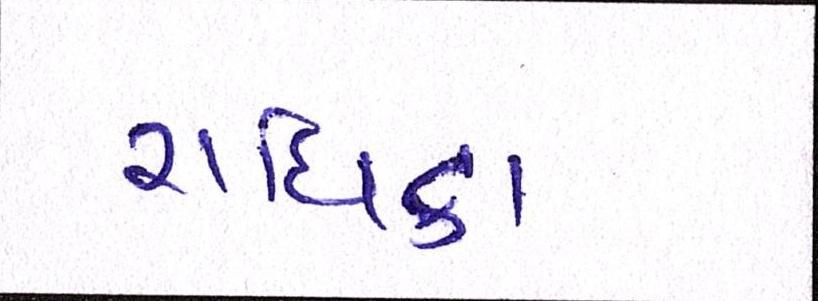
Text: રાધિકા